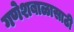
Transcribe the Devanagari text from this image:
गणेशबाळासाठी